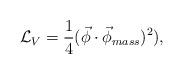
LaTeX: \begin{align*}\mathcal{L}_{V}=\frac{1}{4} (\vec\phi\cdot\vec\phi_{mass})^{2}),\end{align*}